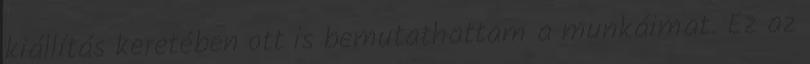
kiállítás keretében ott is bemutathattam a munkáimat. Ez az